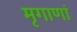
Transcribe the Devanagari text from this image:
मृगाणां